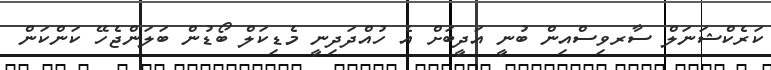
ކަރެކްޝަނަލް ސާރވިސްއިން ބުނީ އަދީބަށް އެ ހުއްދަދިނީ މެޑިކަލް ބޯޑުން ބަލަންޖެހޭ ކަންކަން